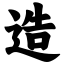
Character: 造